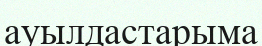
ауылдастарыма